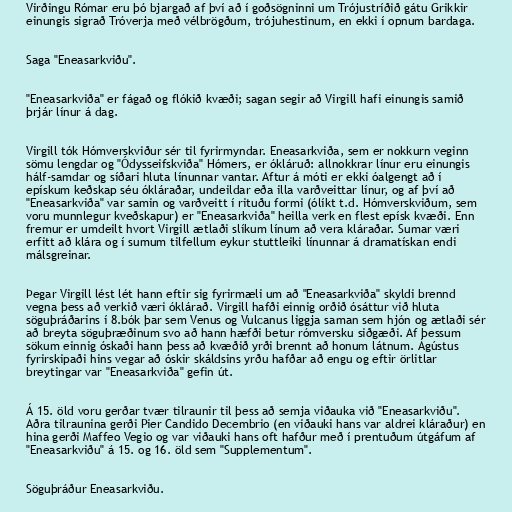
Virðingu Rómar eru þó bjargað af því að í goðsögninni um Trójustríðið gátu Grikkir
einungis sigrað Tróverja með vélbrögðum, trójuhestinum, en ekki í opnum bardaga.

Saga "Eneasarkviðu".

"Eneasarkviða" er fágað og flókið kvæði; sagan segir að Virgill hafi einungis samið
þrjár línur á dag.

Virgill tók Hómverskviður sér til fyrirmyndar. Eneasarkviða, sem er nokkurn veginn
sömu lengdar og "Ódysseifskviða" Hómers, er ókláruð: allnokkrar línur eru einungis
hálf-samdar og síðari hluta línunnar vantar. Aftur á móti er ekki óalgengt að í
epískum keðskap séu ókláraðar, undeildar eða illa varðveittar línur, og af því að
"Eneasarkviða" var samin og varðveitt í rituðu formi (ólíkt t.d. Hómverskviðum, sem
voru munnlegur kveðskapur) er "Eneasarkviða" heilla verk en flest epísk kvæði. Enn
fremur er umdeilt hvort Virgill ætlaði slíkum línum að vera kláraðar. Sumar væri
erfitt að klára og í sumum tilfellum eykur stuttleiki línunnar á dramatískan endi
málsgreinar.

Þegar Virgill lést lét hann eftir sig fyrirmæli um að "Eneasarkviða" skyldi brennd
vegna þess að verkið væri óklárað. Virgill hafði einnig orðið ósáttur við hluta
söguþráðarins í 8.bók þar sem Venus og Vulcanus liggja saman sem hjón og ætlaði sér
að breyta söguþræðinum svo að hann hæfði betur rómversku siðgæði. Af þessum
sökum einnig óskaði hann þess að kvæðið yrði brennt að honum látnum. Ágústus
fyrirskipaði hins vegar að óskir skáldsins yrðu hafðar að engu og eftir örlitlar
breytingar var "Eneasarkviða" gefin út.

Á 15. öld voru gerðar tvær tilraunir til þess að semja viðauka við "Eneasarkviðu".
Aðra tilraunina gerði Pier Candido Decembrio (en viðauki hans var aldrei kláraður) en
hina gerði Maffeo Vegio og var viðauki hans oft hafður með í prentuðum útgáfum af
"Eneasarkviðu" á 15. og 16. öld sem "Supplementum".

Söguþráður Eneasarkviðu.